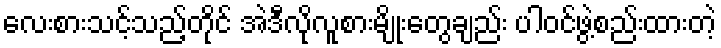
လေးစားသင့်သည့်တိုင် အဲဒီလိုလူစားမျိုးတွေချည်း ပါဝင်ဖွဲ့စည်းထားတဲ့